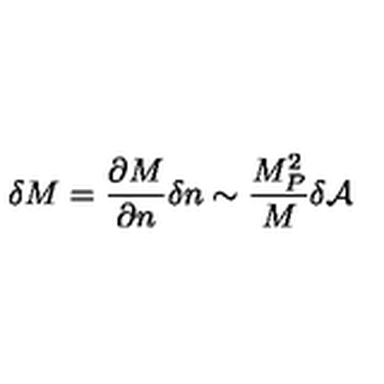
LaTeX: \delta M = \frac { \partial M } { \partial n } \delta n \sim \frac { M _ { P } ^ { 2 } } { M } \delta { \cal A }